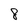
Character: 8